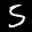
Label: 5